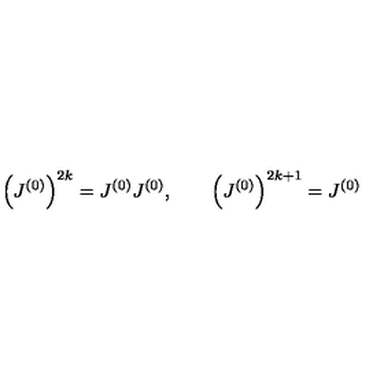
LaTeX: \left( J ^ { ( 0 ) } \right) ^ { 2 k } = J ^ { ( 0 ) } J ^ { ( 0 ) } , \qquad \left( J ^ { ( 0 ) } \right) ^ { 2 k + 1 } = J ^ { ( 0 ) }